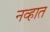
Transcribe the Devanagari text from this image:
नव्हात